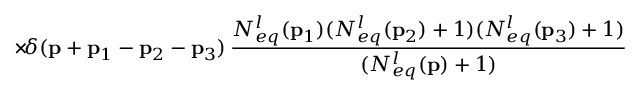
\times \! \delta ( { \bf p } + { \bf p } _ { 1 } - { \bf p } _ { 2 } - { \bf p } _ { 3 } ) \, \frac { N _ { e q } ^ { l } ( { \bf p } _ { 1 } ) ( N _ { e q } ^ { l } ( { \bf p } _ { 2 } ) + 1 ) ( N _ { e q } ^ { l } ( { \bf p } _ { 3 } ) + 1 ) } { ( N _ { e q } ^ { l } ( { \bf p } ) + 1 ) }